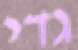
גדי